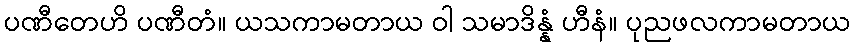
ပဏီတေဟိ ပဏီတံ။ ယသကာမတာယ ဝါ သမာဒိန္နံ ဟီနံ။ ပုညဖလကာမတာယ